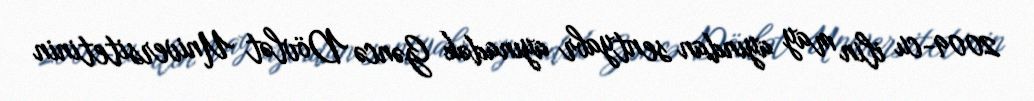
2009-cu ilin may ayından sentyabr ayınadək Gəncə Dövlət Universitetinin